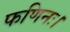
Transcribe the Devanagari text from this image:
फणिनः।